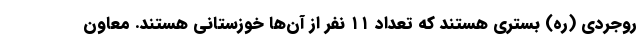
روجردی (ره) بستری هستند که تعداد ۱۱ نفر از آن‌ها خوزستانی هستند. معاون